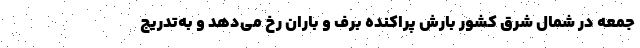
جمعه در شمال شرق کشور بارش پراکنده برف و باران رخ می‌دهد و به‌تدریج